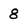
Character: 8